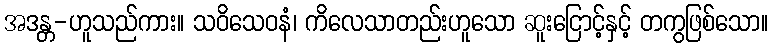
အဒန္တ-ဟူသည်ကား။ သဝိသေဝနံ၊ ကိလေသာတည်းဟူသော ဆူးငြောင့်နှင့် တကွဖြစ်သော။